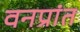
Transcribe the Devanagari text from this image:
वनप्रांत